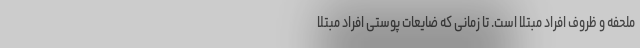
ملحفه و ظروف افراد مبتلا است. تا زمانی که ضایعات پوستی افراد مبتلا